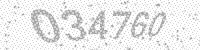
Solution: 034760